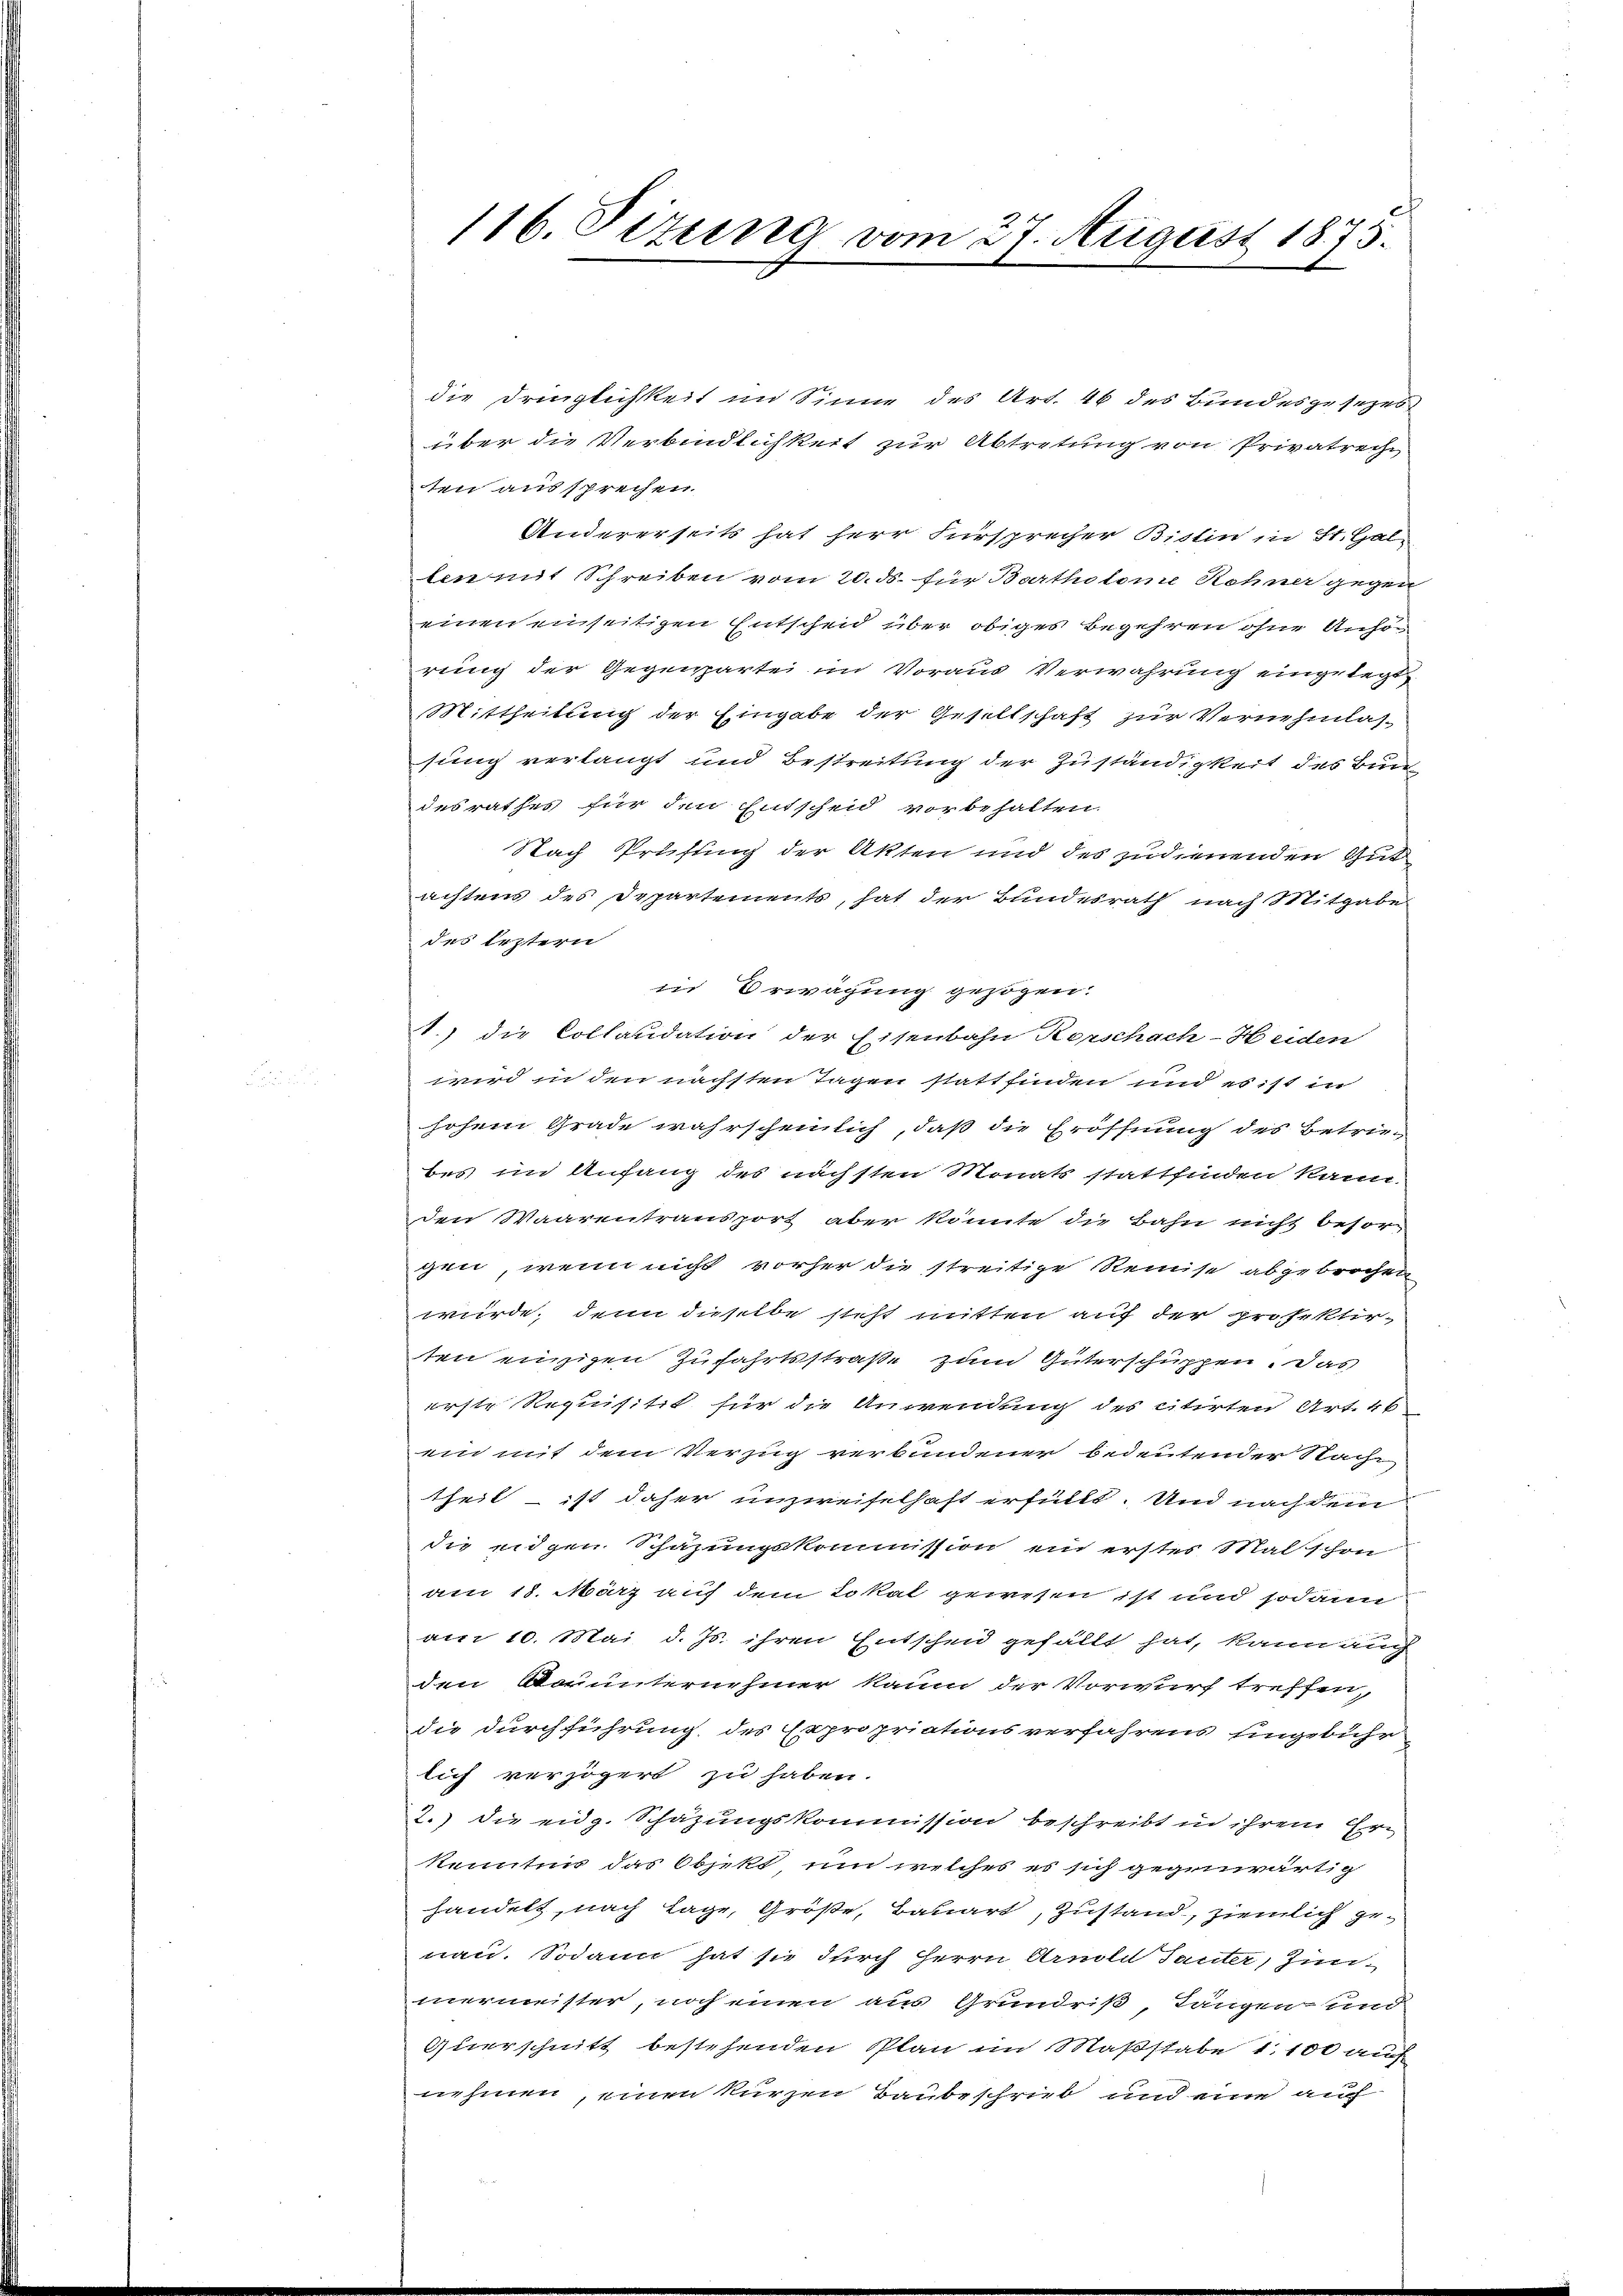
die Dringlichkeit im Sinne des Art. 46 des Bundesgesezes
über die Verbindlichkeit zur Abtretung von Privatreche
ten aussprechen
Andererseits hat herr Fürsprecher Bislin in St. Gal
len mit Schreiben vom 20. ds. für Bartholome Rohner gegen
einen einseitigen Entscheid über obiges Begehren ohne Anhörung der Gegenpartei im Voraus Verwahrung eingelegt
Mittheilung der Eingabe der Gesellschaft zur Vernehmlassung verlangt und Bestreitung der Zuständigkeit des Burc
desrathes für den Entscheid vorbehalten.
Nach Prüfung der Akten und des zudienenden Gut
achtens des Departements, hat der Bundesrath nach Mitgabe
des leztern
in Erwägung gezogen.
1.) die Collaudation der Eisenbahn Rorschach-Heiden
wird in den nächsten Tagen statt finden und es ist in
hohem Grade wahrscheinlich, daß die Eröffnung des Betriebes im Anfang des nächsten Monats stattfinden kann.
den Waarentransport aber könnte die Bahn nicht besorgen, wenn nicht vorher die streitige Remise abgebrochen
wurde, denn dieselbe steht mitten auf der prosektirten einzigen Zufahrtsstraße zum Güterschuppen. Das
erste Requisitzt für die Anwendung des citirten Art. 46
ein mit dem Verzug verbundener bedeutender Nache
theil – ist daher unzweifelhaft erfüllt. Und nachdem
die eidgen Schazungskommission ein erstes Mal schon
am 18. März auf dem Lokal gewesen ist und sodann
am 10. Mai d. Js. ihren Entscheid gefällt hat, kann auch
den Bauunternehmer kaum der Vorwurf treffen,
die durchführung des Expropriationsverfahrens eingebühr
lich verzögert zu haben.
2.) die eidg. Schätzungskommission beschreibt in ihrem Erkennten das Objekt und welches es sich gegenwärtig
handelt, nach Lage, Größe, Bauart, Zustand, ziemlich genau. Sodann hat sie durch Herrn Arnold Sauter, Junmermeister, noch einen aus Grundriß, Tängen- und
Querschnitt bestehenden Plan im Maßstabe 1100 auch
nehmen, einen kurzen Baubeschrieb und eine auch

116. Sizung vom 27. August 1875.